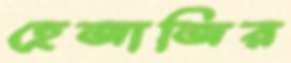
হেজাজির